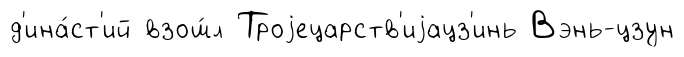
д'ина́ст'ий взош́л Троjецарств'иjацз'инь Вэнь-цзун